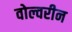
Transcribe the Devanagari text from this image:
वोल्वरीन